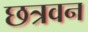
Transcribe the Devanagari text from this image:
छत्रवन